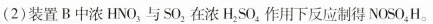
(2)装置B中浓HNO_{3}，与SO_{2}。在浓H_{2}SO_{4}。作用下反应制得NOSO_{4}H。